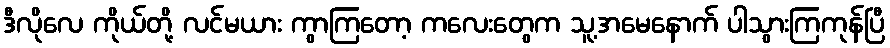
ဒီလိုလေ ကိုယ်တို့ လင်မယား ကွာကြတော့ ကလေးတွေက သူ့အမေနောက် ပါသွားကြကုန်ပြီ